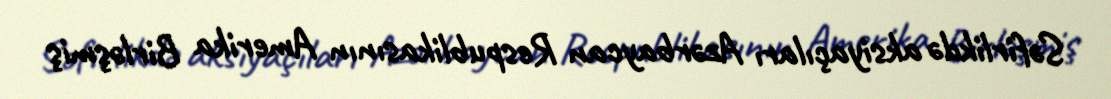
Səfirlikdə aksiyaçıları Azərbaycan Respublikasının Amerika Birləşmiş